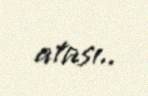
atası..